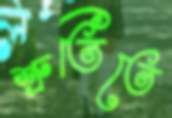
শ্রুতিতে